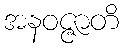
အနဝဇ္ဇာတိ